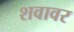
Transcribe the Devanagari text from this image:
शवावर